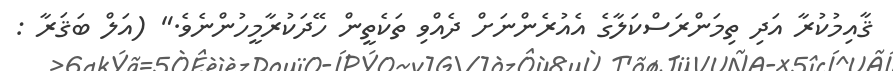
ޤާއިމުކުރާ އަދި ތިމަންރަސްކަލާގެ އެއުރެންނަށް ދެއްވި ތަކެތީން ހޭދަކުރާމީހުންނެވެ." (އަލް ބަޤަރާ :